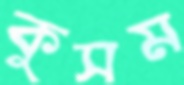
কুসম